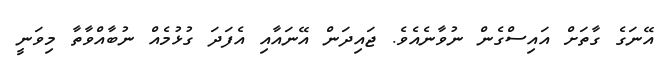
އޭނަގެ ގާތަށް އައިސްގެން ނުވާނެއެވެ. ޖައިދަން އޭނައާއި އެފަދަ ގުޅުމެއް ނުބާއްވާތާ މިވަނީ